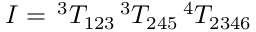
I = \, ^ { 3 } T _ { 1 2 3 } \, ^ { 3 } T _ { 2 4 5 } \, ^ { 4 } T _ { 2 3 4 6 }